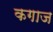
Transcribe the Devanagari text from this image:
कगाज